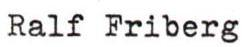
Ralf Friberg